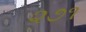
૨૭૧